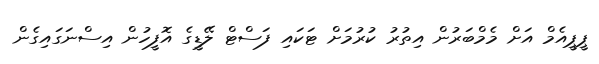
ޕީޕީއެމް އަށް މެމްބަރުން އިިތުރު ކުރުމަށް ޓަކައި ފަސްޓް ލޭޑީގެ އޮފީހުން އިސްނަގައިގެން